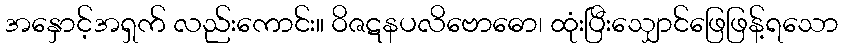
အနှောင့်အရှက် လည်းကောင်း။ ဝိဇဋနပလိဗောဓော၊ ထုံးပြီးသျှောင်ဖြေဖြန့်ရသော